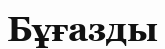
Бұғазды